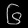
Digit: ၆